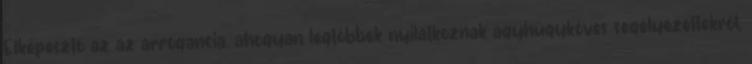
Elképesztő az az arrogancia, ahogyan legtöbbek nyilatkoznak agyhúgyköves segélyezettekről,